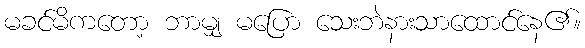
မခင်မိကတော့ ဘာမျှ မပြော သေးဘဲနားသာထောင်နေ၏။